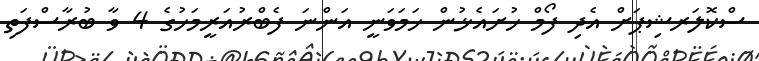
ސްކޮލަރޝިޕަށް އެދި ފޯމް ހުށައެޅުން ހަމަވަނީ އަންނަ ފެބްރުއަރީމަހުގެ 4 ވާ ބުރާސްފަތި